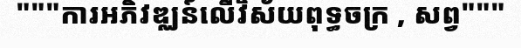
"""ការអភិវឌ្ឈន៍លើវិស័យពុទ្ធចក្រ , សព្វ"""